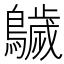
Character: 𱉁